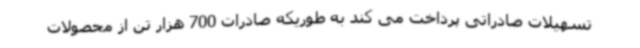
تسهیلات صادراتی پرداخت می کند به طوریکه صادرات 700 هزار تن از محصولات